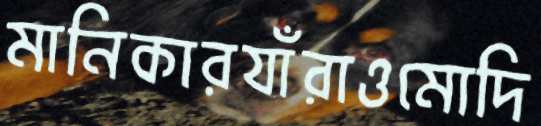
মানিকারযাঁরাওমোদি